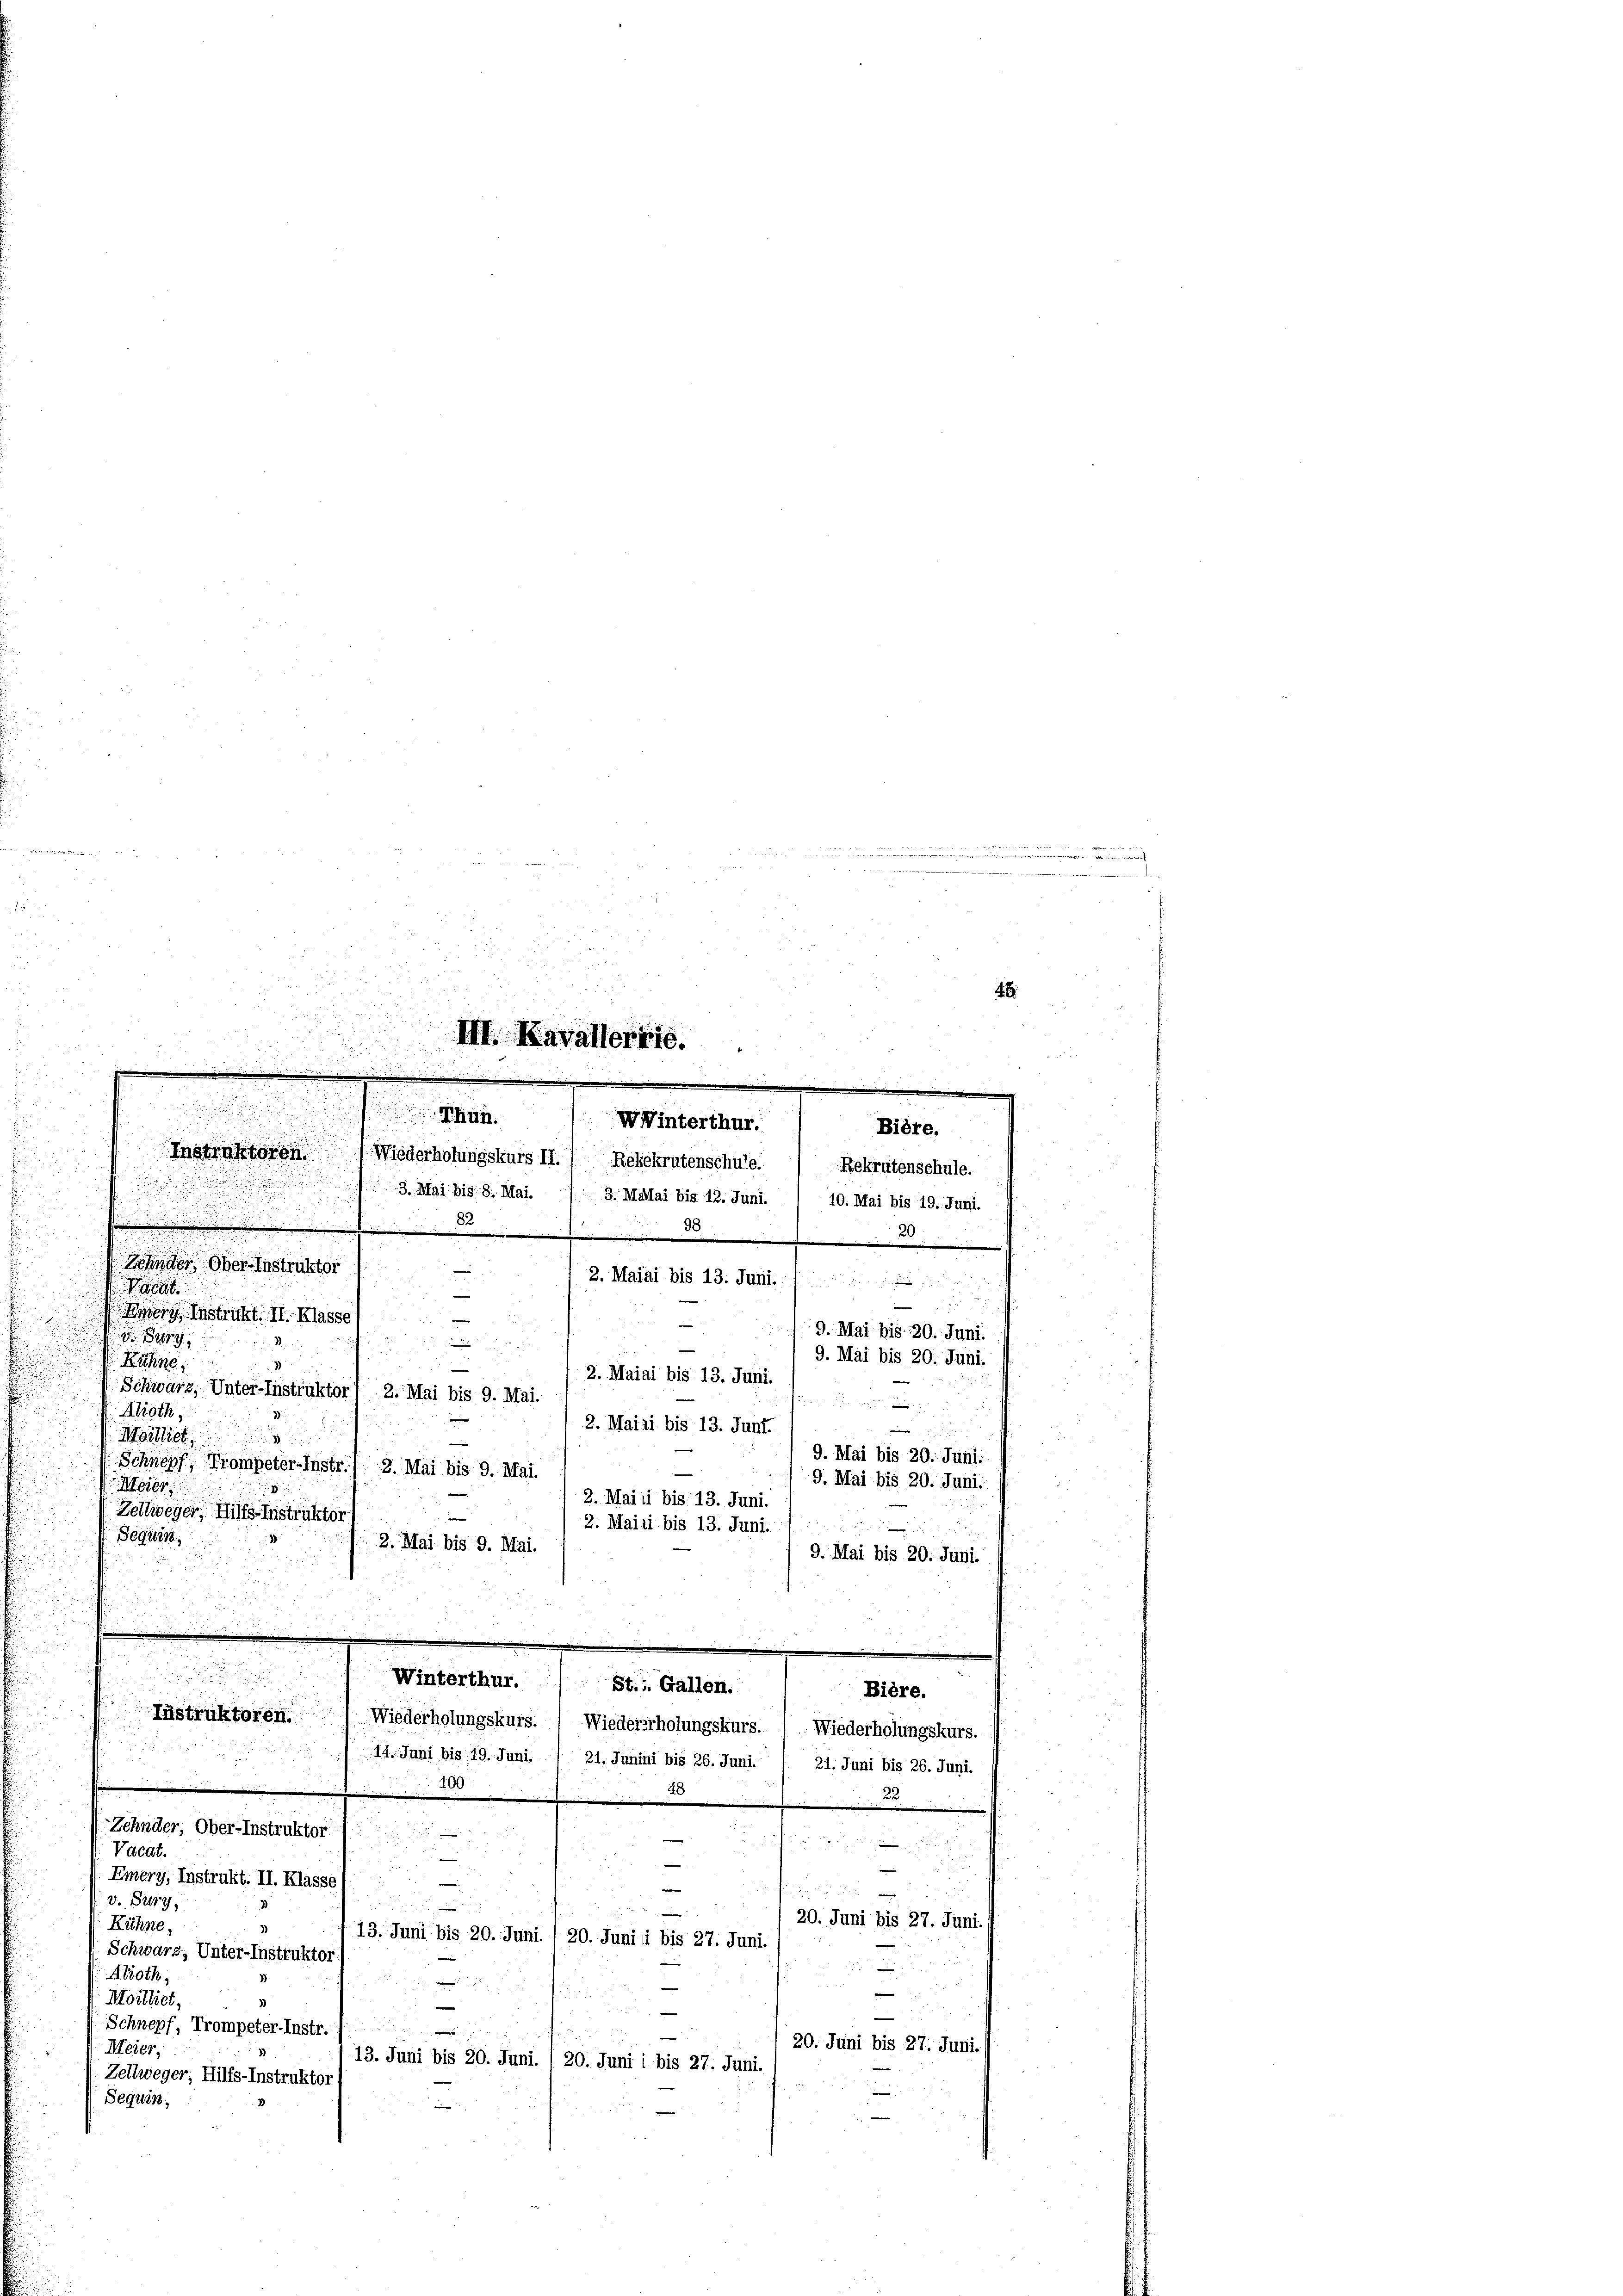
Bière.
n
nstruktoren
Wiederholungskurs II.) Rebekrutenschule. (Rekrutenschule.

.
2
.

.
6
1

III. Kavallerie.
se de
e

 hrn.
WWinterthur.

.
a
 du
.
Zehnder, Ober-Instruktor

Bier Instrukt. II. Klassel
9

Khne
Schwarz, Unter-Instruktor, 2. Mai bis 9. Mai.
Alroth,
Moittie
Schnopf, Trompeter-Instr.
Meier
Zeltweger, Hilfs-Instruktor
Seguin
2. Mai bis 9. Mai.
9. Mai bis 20. Juni.
Winterthur.
St. Gallen.
Bière.
Instruktoren.
Wiederholungskurs. ) Wiedererholungskurs. (. Wiederholungskurs.
.
14. Juni bis 19. Juni. / 21. Junini bis 26. Juni. / 21. Juni bis 26. Juni.
400.
40

Zehnder, Ober-Instruktor

u
e

Vacat.
u
—

u
e
Emery, Instrukt. II. Klasse
e
e
n
v. Sur

—
20. Juni bis 27. Juni.
Kühne,
13. Juni bis 20. Juni /20. Junii bis 27. Juni.
Schwarz, Unter-Instruktor
e
Abroth,

e
e
Moilliet,
e
d
.
Schnepf, Trompeter-Instr.
e
20. Juni bis 27. Juni.
Meier,
13. Juni bis 20. Juni. 1 20. Juni i bis 27. Juni.
Zeitweger; Hilfs-Instruktor
Sequis

2

3. Mai bis 8. Mai. / 3. Malai bis 12. Juni. 1 10. Mai bis 19. Juni.
82
98
20.
2. Maiai bis 13. Juni.
e
n
9. Mai bis 20. Juni.
.
9. Mai bis 20. Juni
.
2. Maiai bis 13. Juni.

2. Mairi bis 13. Juni.
e
9. Mai bis 20. Juni.
2. Mai bis 9. Mai.
9. Mai bis 20. Juni.
2. Maiii bis 13. Juni.
2. Mairi bis 13. Juni.
.